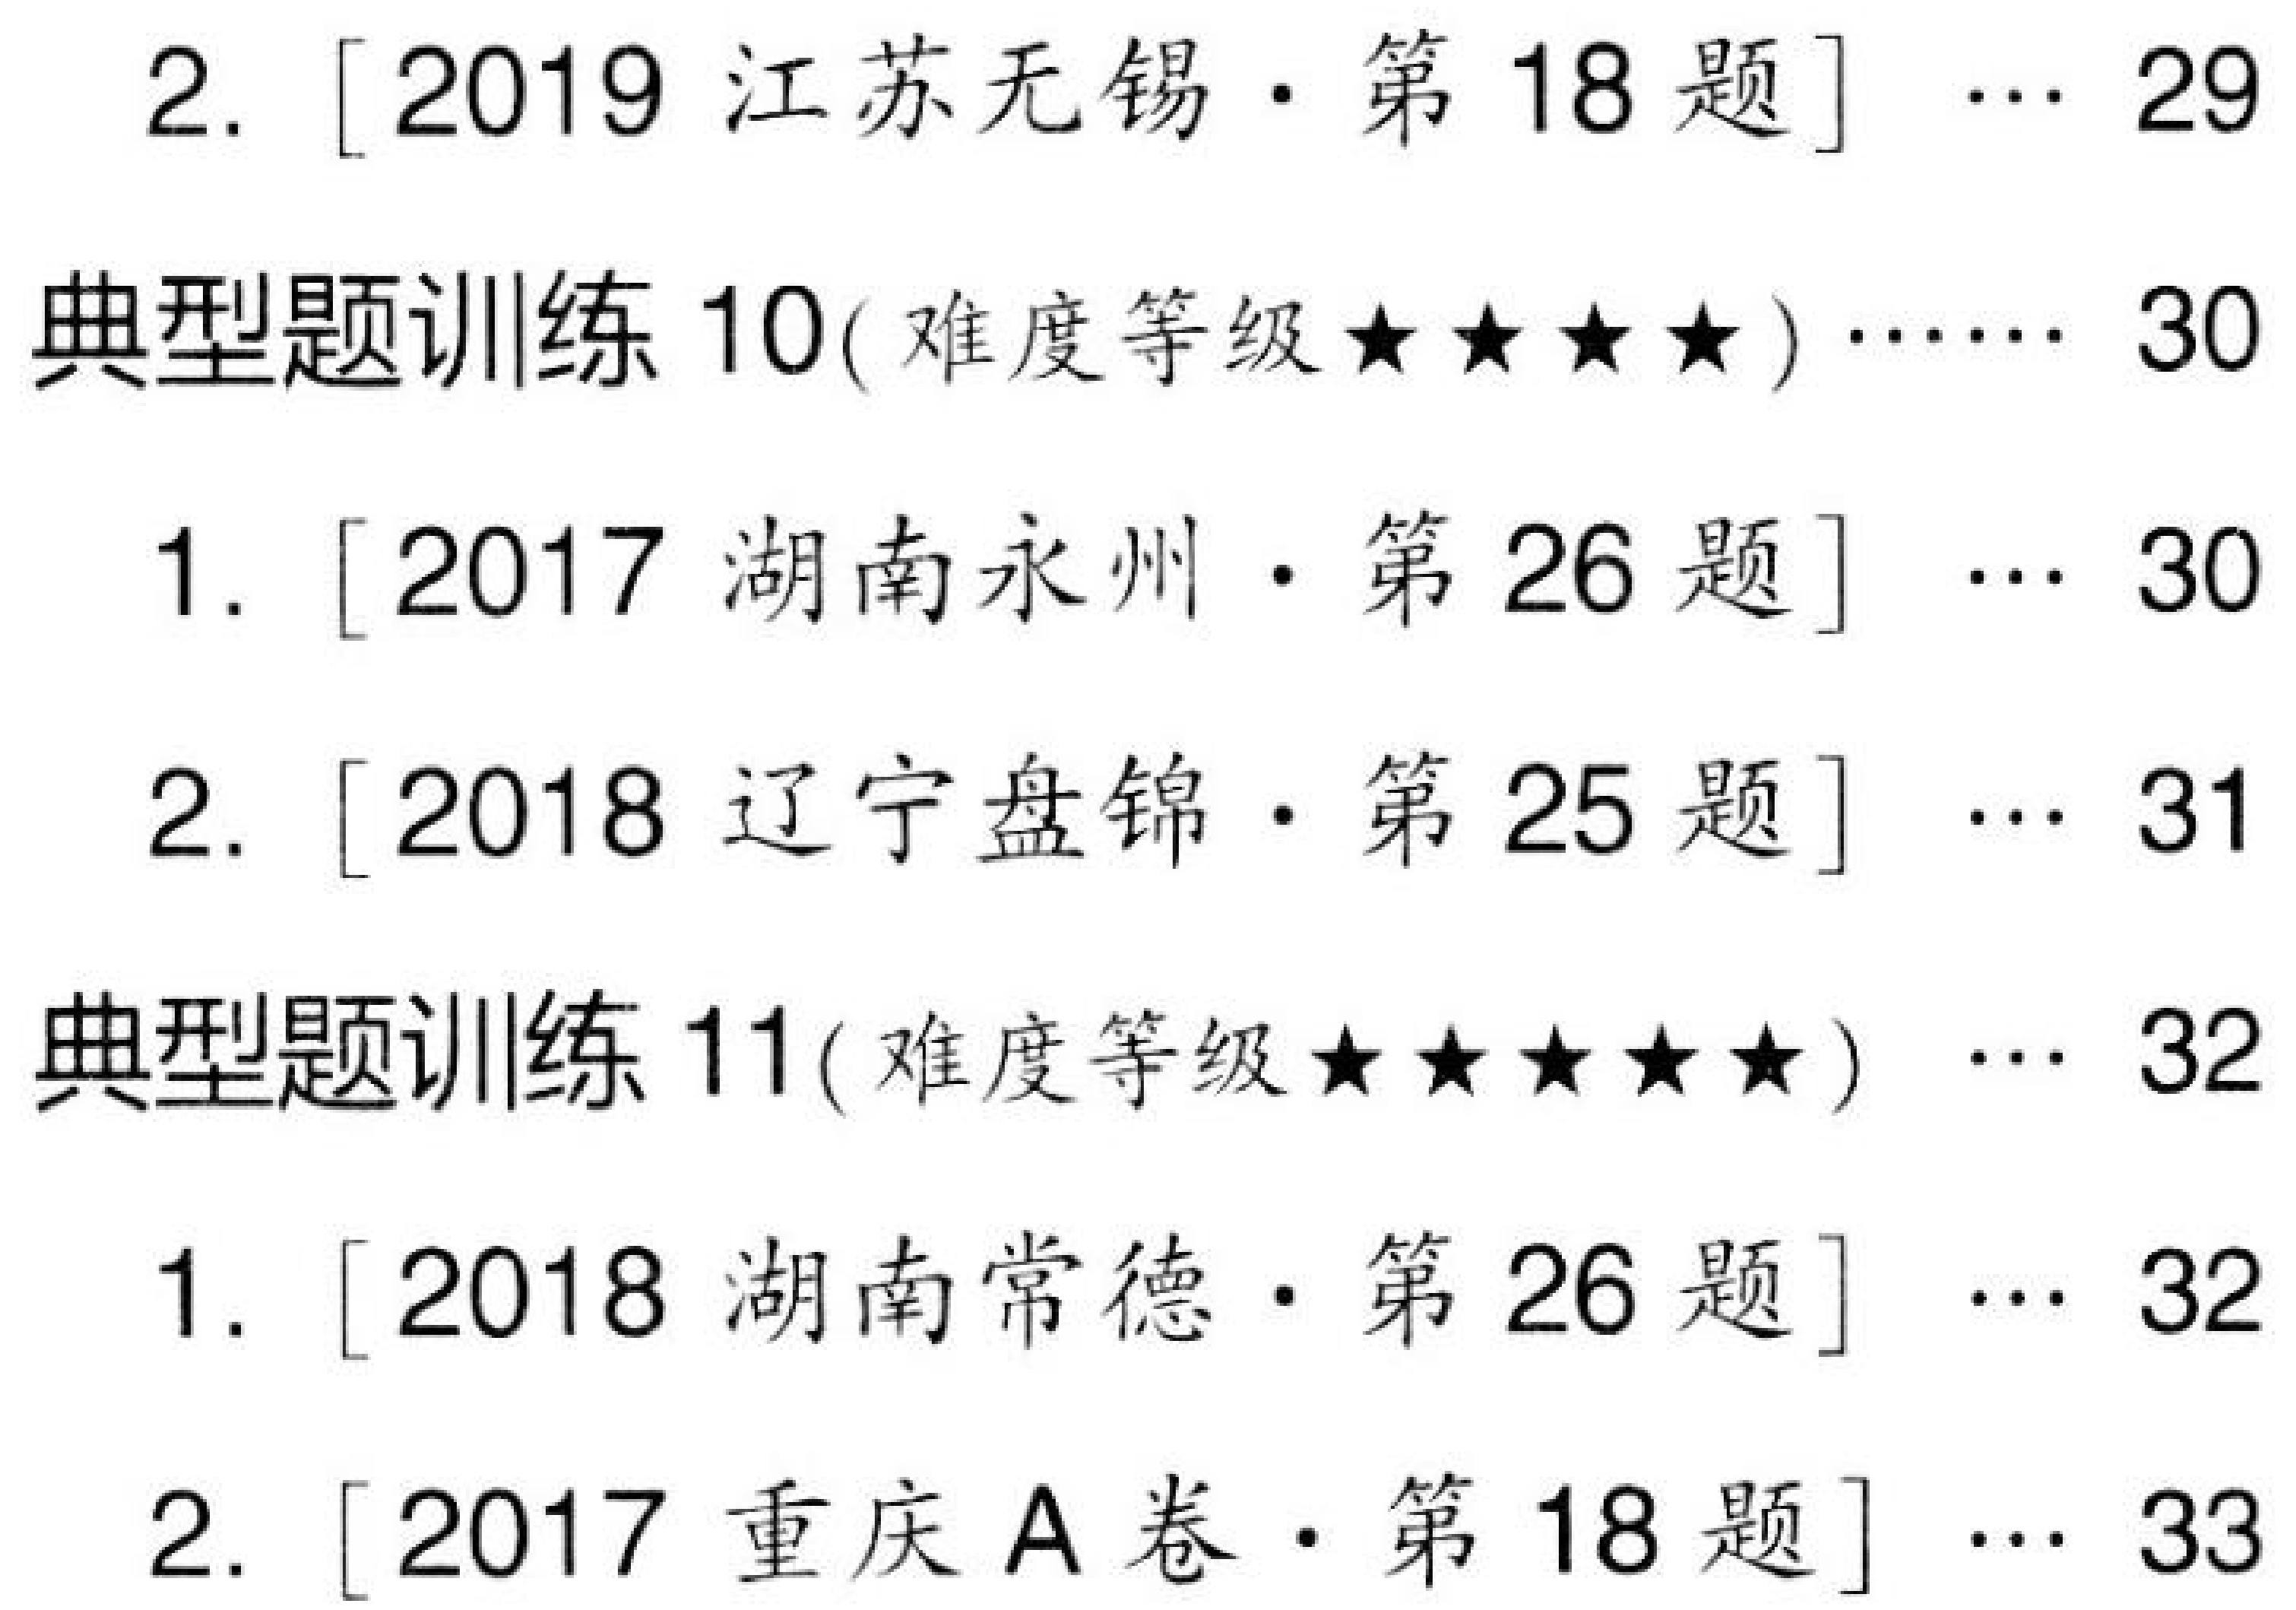
2. [2019江苏无锡·第18题] … 29
典型题训练10(难度等级★★★★)…… 30
1. [2017湖南永州·第26题] … 30
2. [2018辽宁盘锦·第25题] … 31
典型题训练11(难度等级★★★★★) … 32
1. [2018湖南常德·第26题] … 32
2. [2017重庆A卷·第18题] … 33